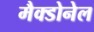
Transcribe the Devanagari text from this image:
मैक्डोनेल